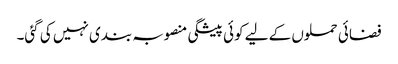
فضائی حملوں کے لیے کوئی پیشگی منصوبہ بندی نہیں کی گئی۔